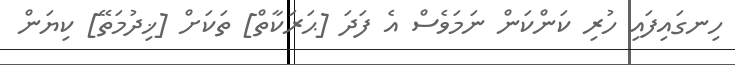
ހިނގައިފައި ހުރި ކަންކަން ނަމަވެސް އެ ފަދަ [ޙަރަކާތް] ތަކަށް [ޚިދުމަތޭ] ކިޔަން